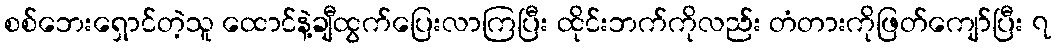
စစ်ဘေးရှောင်တဲ့သူ ထောင်နဲ့ချီထွက်ပြေးလာကြပြီး ထိုင်းဘက်ကိုလည်း တံတားကိုဖြတ်ကျော်ပြီး ၇